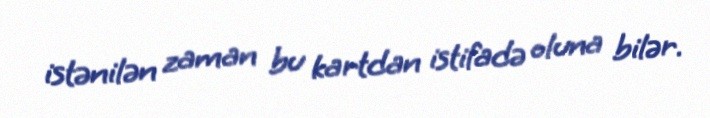
istənilən zaman bu kartdan istifadə oluna bilər.